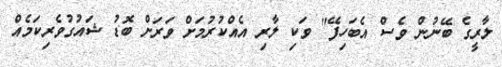
ލާރީގެ ބޭނުން ވެސް އެބަހިފޭ" ވަކި ލާރި އެއްކުރުމަށް ވަރަށް ބޮޑު ޝައުގުވެރިކަމެއް